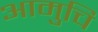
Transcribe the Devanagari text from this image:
आमुचि